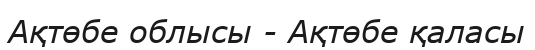
Ақтөбе облысы - Ақтөбе қаласы